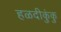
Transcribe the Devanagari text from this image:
हळदीकुंकु